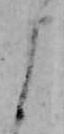
よ